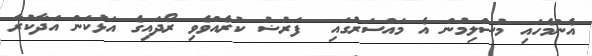
އެންމެހައި މުސްލިމުން އެ މައްސަރުގައި  ފަރުޟު ކުރެއްވެވި ރޯދައިގެ އަޅުކަން އަދާކުރާ